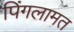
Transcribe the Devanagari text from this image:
पिंगलामत